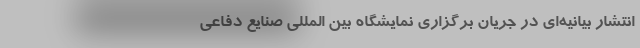
انتشار بیانیه‌ای در جریان برگزاری نمایشگاه بین المللی صنایع دفاعی